Annual report of the Punjab Veterinary College and of the Civil Veterinary Department, Punjab - 1894-1908
Year: 1894
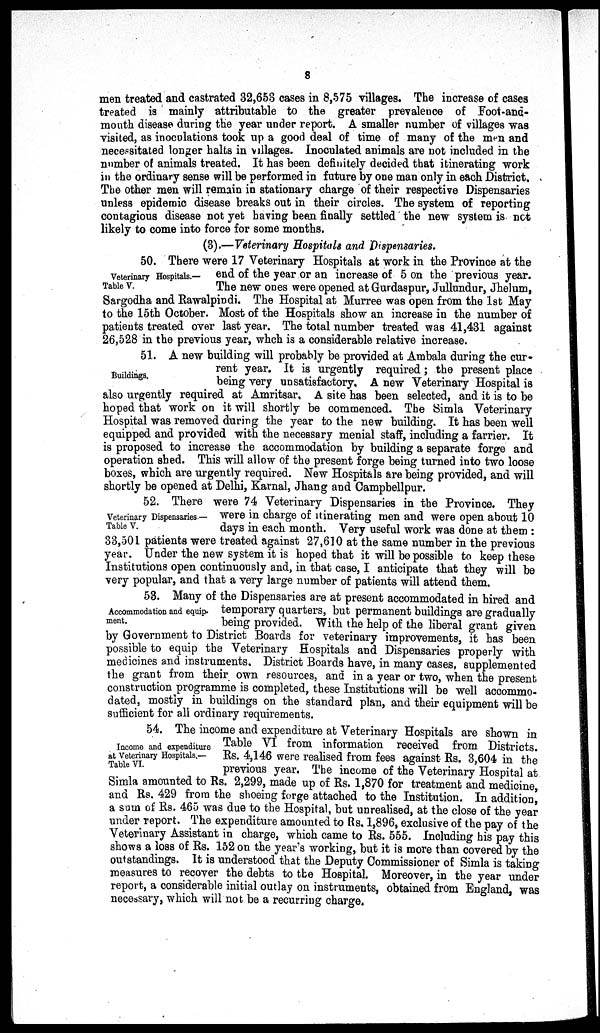
8
men treated and castrated 32,653 cases in 8,575 villages. The increase of cases
treated is mainly attributable to the greater prevalence of Foot-and-
mouth disease during the year under report. A smaller number of villages was
visited, as inoculations took up a good deal of time of many of the men and
necessitated longer halts in villages. Inoculated animals are not included in the
number of animals treated. It has been definitely decided that itinerating work
in the ordinary sense will be performed in future by one man only in each District.
The other men will remain in stationary charge of their respective Dispensaries
unless epidemic disease breaks out in their circles. The system of reporting
contagious disease not yet having been finally settled the new system is not
likely to come into force for some months.
(3).—Veterinary Hospitals and Dispensaries.
Veterinary Hospitals.—
Table V.
50. There were 17 Veterinary Hospitals at work in the Province at the
end of the year or an increase of 5 on the previous year.
The new ones were opened at Gurdaspur, Jullundur, Jhelum,
Sargodha and Rawalpindi. The Hospital at Murree was open from the 1st May
to the 15th October. Most of the Hospitals show an increase in the number of
patients treated over last year. The total number treated was 41,431 against
26,528 in the previous year, whch is a considerable relative increase.
Buildings.
51. A new building will probably be provided at Ambala during the cur-
rent year. It is urgently required; the present place
being very unsatisfactory. A new Veterinary Hospital is
also urgently required at Amritsar, A site has been selected, and it is to be
hoped that work on it will shortly be commenced. The Simla Veterinary
Hospital was removed during the year to the new building. It has been well
equipped and provided with the necessary menial staff, including a farrier. It
is proposed to increase the accommodation by building a separate forge and
operation shed. This will allow of the present forge being turned into two loose
boxes, which are urgently required. New Hospitals are being provided, and will
shortly be opened at Delhi, Karnal, Jhang and Campbellpur.
Veterinary Dispensaries.—
Table V.
52. There were 74 Veterinary Dispensaries in the Province. They
were in charge of itinerating men and were open about 10
days in each month. Very useful work was done at them:
33,501 patients were treated against 27,610 at the same number in the previous
year. Under the new system it is hoped that it will be possible to keep these
Institutions open continuously and, in that case, I anticipate that they will be
very popular, and that a very large number of patients will attend them.
Accommodation and equip-
ment.
53. Many of the Dispensaries are at present accommodated in hired and
temporary quarters, but permanent buildings are gradually
being provided. With the help of the liberal grant given
by Government to District Boards for veterinary improvements, it has been
possible to equip the Veterinary Hospitals and Dispensaries properly with
medicines and instruments. District Boards have, in many cases, supplemented
the grant from their own resources, and in a year or two, when the present
construction programme is completed, these Institutions will be well accommo-
dated, mostly in buildings on the standard plan, and their equipment will be
sufficient for all ordinary requirements.
Income and expenditure
at Veterinary Hospitals.—
Table VI.
54. The income and expenditure at Veterinary Hospitals are shown in
Table VI from information received from Districts.
Rs. 4,146 were realised from fees against Rs. 3,604 in the
previous year. The income of the Veterinary Hospital at
Simla amounted to Rs. 2,299, made up of Rs. 1,870 for treatment and medicine,
and Rs. 429 from the shoeing forge attached to the Institution. In addition,
a sum of Rs. 465 was due to the Hospital, but unrealised, at the close of the year
under report. The expenditure amounted to Rs. 1,896, exclusive of the pay of the
Veterinary Assistant in charge, which came to Rs. 555. Including his pay this
shows a loss of Rs. 152 on the year's working, but it is more than covered by the
outstandings. It is understood that the Deputy Commissioner of Simla is taking
measures to recover the debts to the Hospital. Moreover, in the year under
report, a considerable initial outlay on instruments, obtained from England, was
necessary, which will not be a recurring charge.